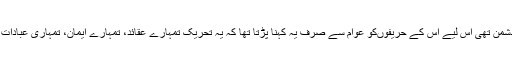
چونکہ بائیں بازو کی تحریک مذہب دشمن تھی اس لیے اس کے حریفوںکو عوام سے صرف یہ کہنا پڑتا تھا کہ یہ تحریک تمہارے عقائد، تمہارے ایمان، تمہاری عبادات اور تمہاری اخلاقیات کے خلاف ہے۔